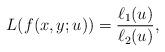
LaTeX: \begin{align*}L(f(x,y;u)) = \frac{\ell_1( u)}{\ell_2(u)},\end{align*}